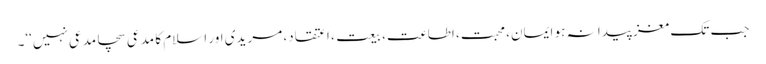
جب تک مغز پیدا نہ ہو ایمان، محبت، اطاعت، بیعت، اعتقاد، مریدی اور اسلام کا مدعی سچامدعی نہیں‘‘۔